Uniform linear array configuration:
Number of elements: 4
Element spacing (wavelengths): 0.75
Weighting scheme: kaiser
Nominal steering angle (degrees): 30
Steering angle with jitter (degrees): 31.428
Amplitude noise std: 0.05
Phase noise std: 0.05

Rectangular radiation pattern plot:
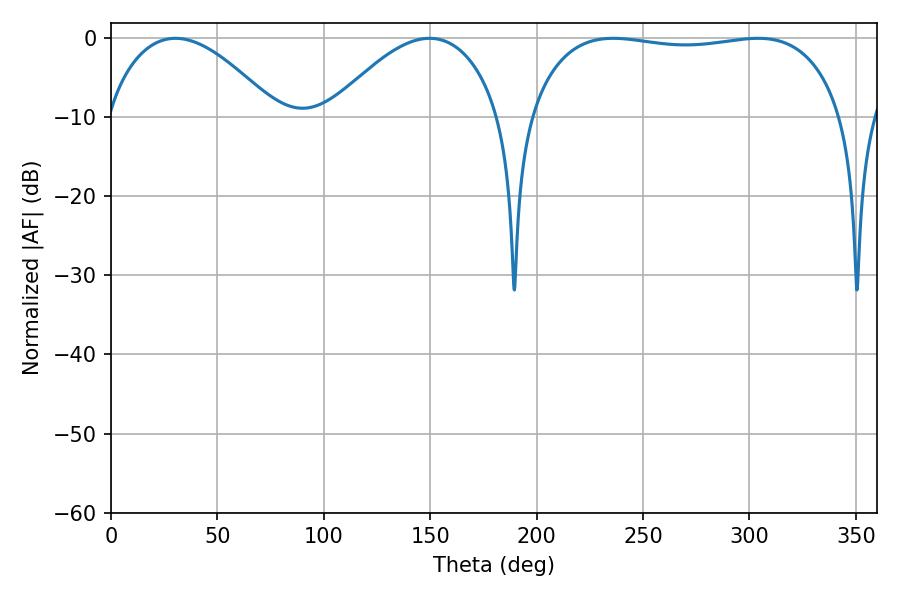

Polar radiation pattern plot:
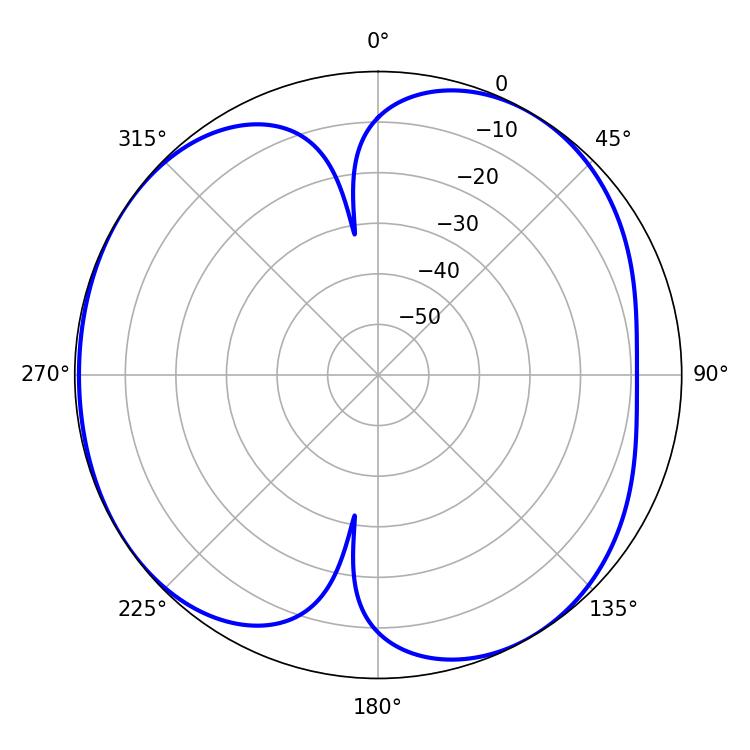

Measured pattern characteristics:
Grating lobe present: TRUE
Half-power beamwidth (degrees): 118.08
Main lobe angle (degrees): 235.98